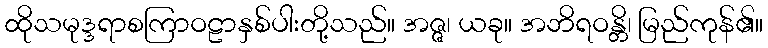
ထိုသမုဒ္ဒရာစကြာဝဠာနှစ်ပါးတို့သည်။ အဇ္ဇ၊ ယခု။ အဘိရဝန္တိ၊ မြည်ကုန်၏။